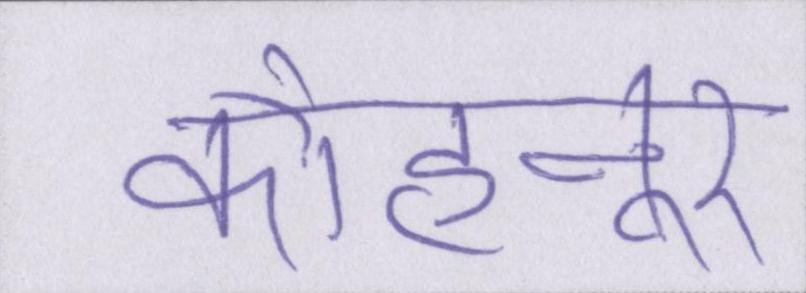
कोहनूर